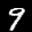
Label: 9